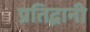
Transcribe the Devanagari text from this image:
प्रतिद्वानी